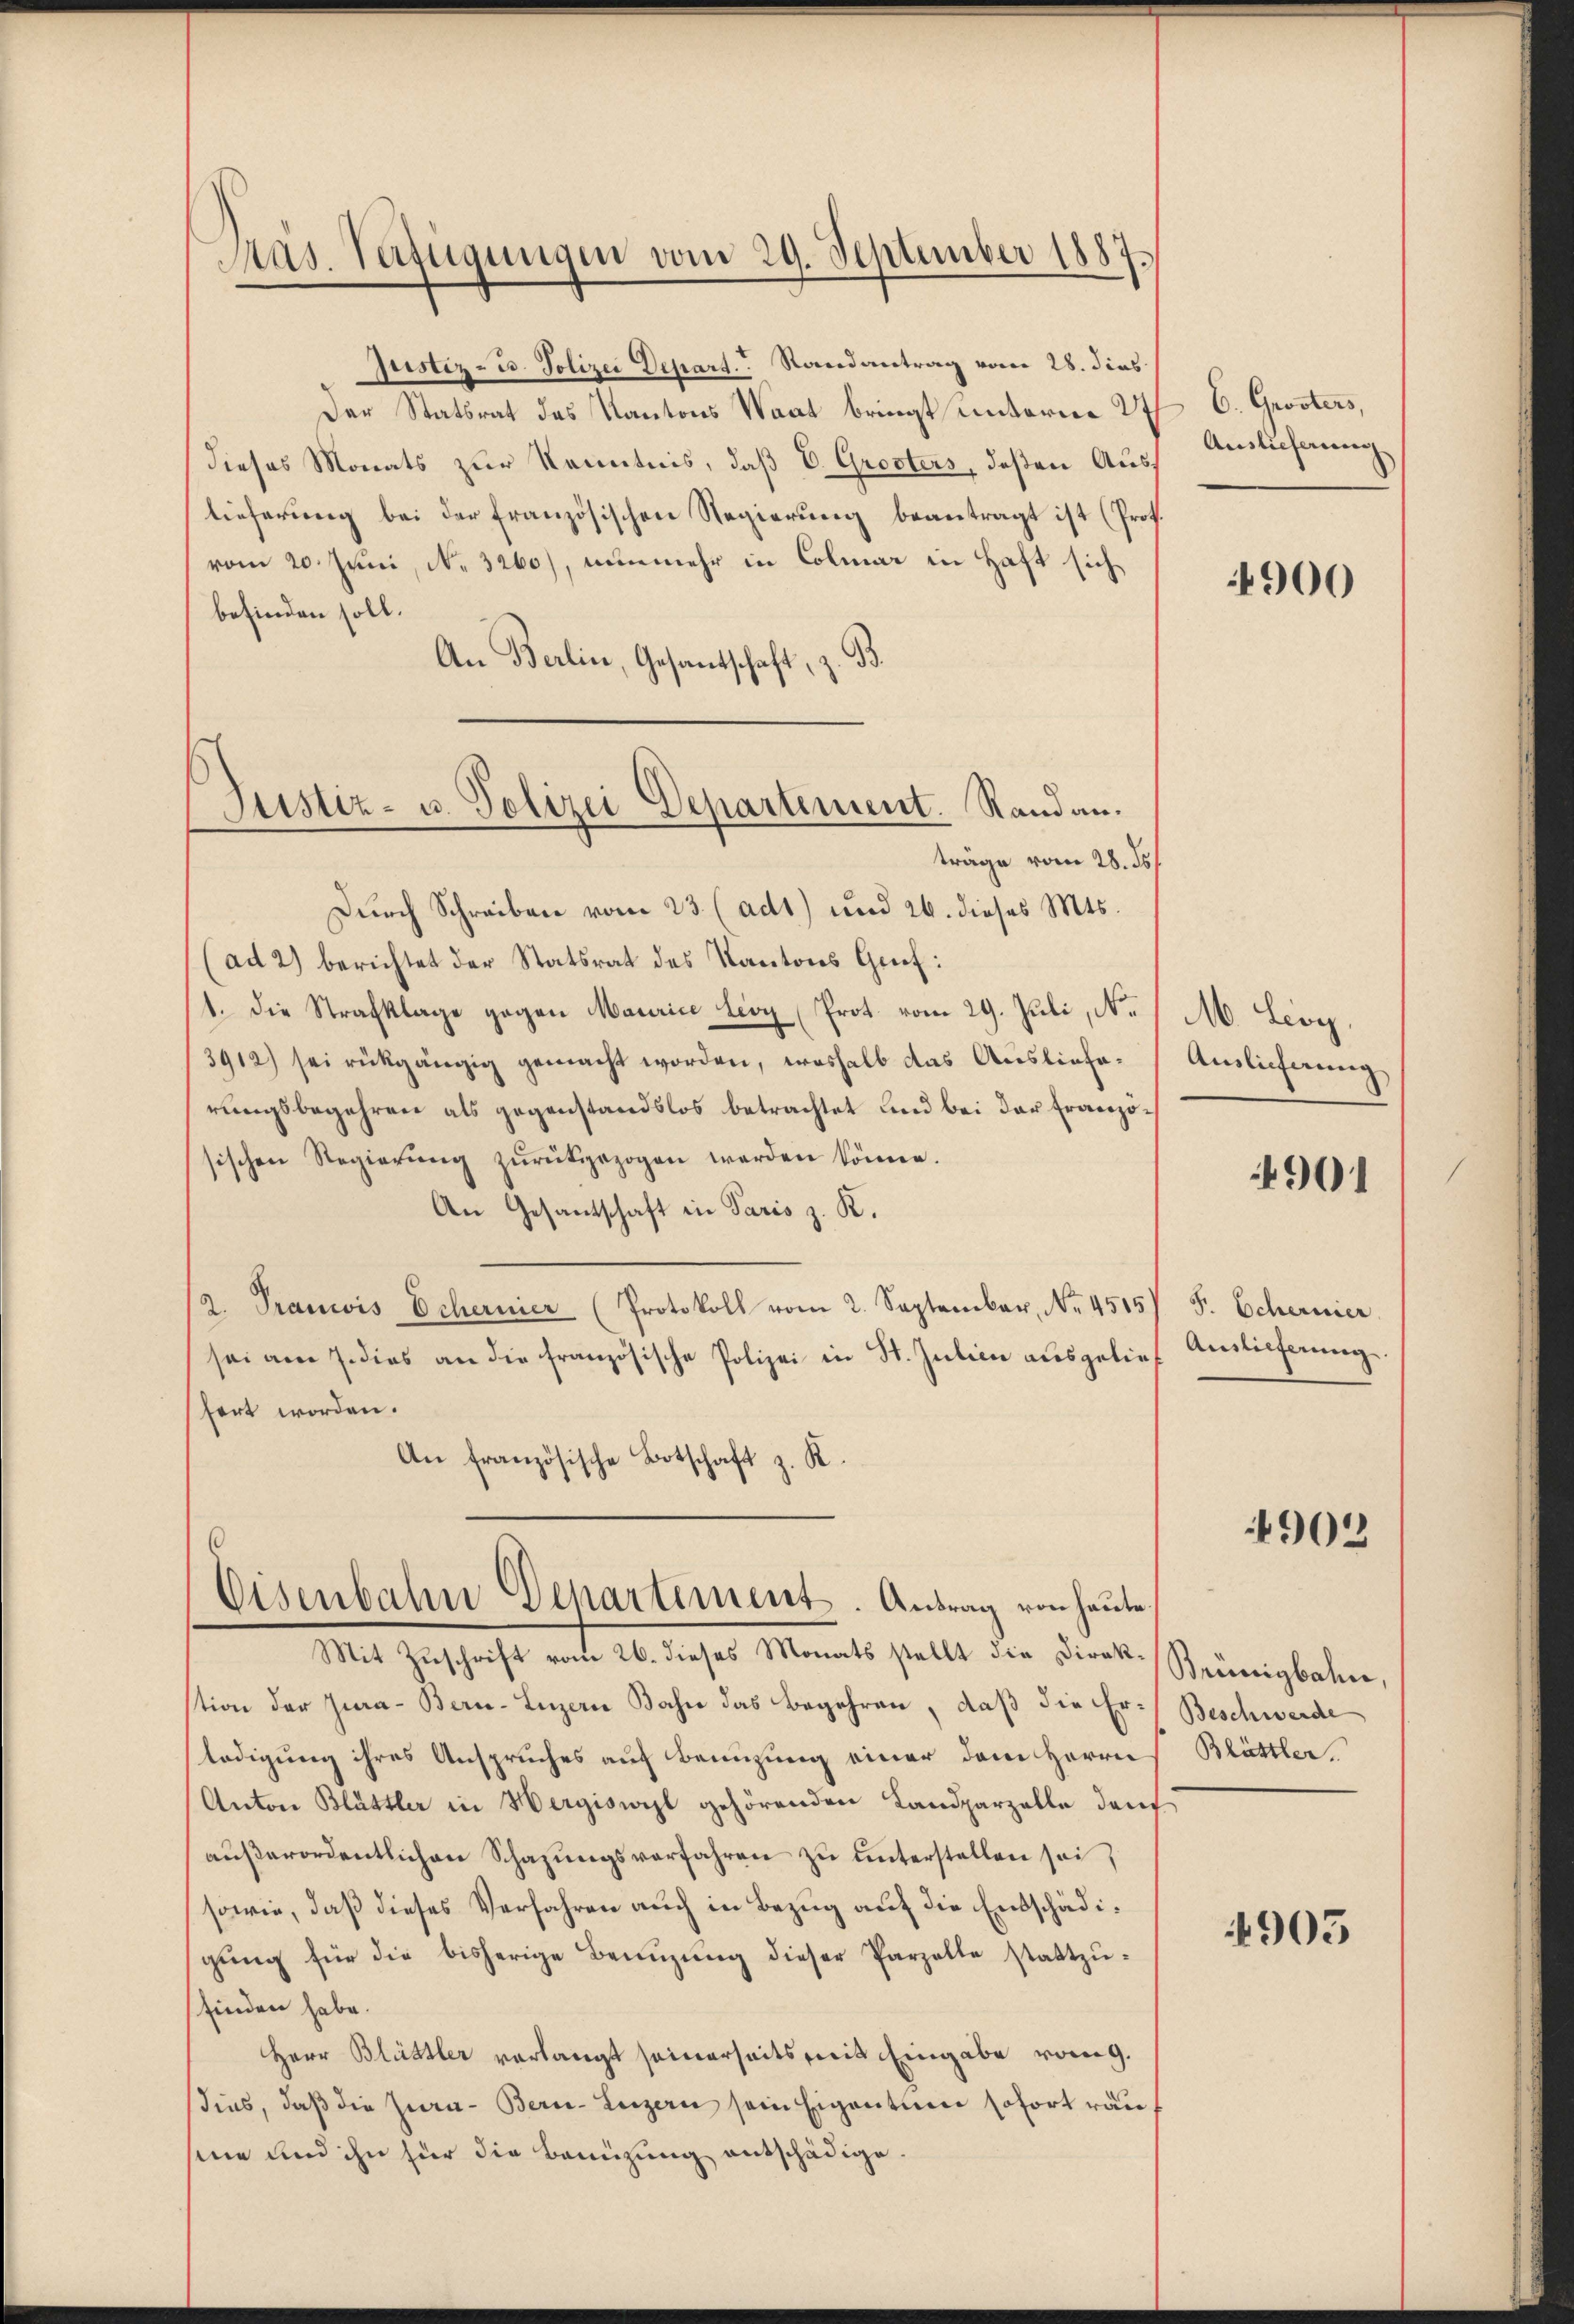
Pas. Verfügungen vom 29. September 1887.

Der Statsrat des Kantons Waat bringt unterm 27
dieses Monats zur Kenntnis, daß E. Grosters, deßen Auslieferung bei der französischen Regierung beantragt ist (Prof.
vom 20. Juni, N. 3260), nunmehr in Colmar in Haft sich
befinden soll.
An Berlin, Gesandtschaft, z. B.
träge vom 28. ds.
Durch Schreiben vom 23. (adt) und 26. dieses Mts.
(ad 2) berichtet der Statsrat des Kantons Gruf:
1. die Strafklage gegen Maurice Lioy (Prot. vom 29. Juli, No.
3912) sei rückgängig gemacht worden, weshalb das Auslieferungsbegehren als gegenstandslos betrachtet und bei der Französischen Regierŭng zŭrückgezogen werden könne.
An Gesantschaft in Paris z. K.
2. Tranwis Echernier (Protokoll vom 2. September, No. 4515)
sei am 7. dies an die französische Polizei in St. Julien aŭsgelief Auslieferung
hert worden.
An französische Botschaft z. K.

Justiz- u. Polizei Departement. Rand an.

Eisenbahn Departement. Antrag von heute,

Justiz- u. Polizei Depart. Randantrag vom 28. dies

Mit Zuschrift vom 26. dieses Monats stellt die Direk-Brünigbahne,
stion der Jia-Bern-Luzern Bahn das Begehren, daß die Er-Beschwerde
ledigung ihres Anspruches auf Benuzung einer dem Herrn
Anton Blättler in Hergiswil gehörenden Landparzelle darf
aŭβerordentlichen Schazungsverfahren zu unterstellen sei,
sowie, daß dieses Verfahren auch in Bezug auf die Entschädigung für die bisherige Benuzung dieser Parzelle stattzusfinden habe.
Herr Blüttler verlangt seinerseits mit Eingabe vom 9.
ins, daβ die Jura - Bern-Luzern sein Eigentum sofort räu
sine und ihn für die Benüzung entschädige.

C. Grosters,
Ausführung

4900

M Lioy.
Auslieferung

4901

F. Schernier

4905

Blättler.

4905